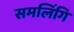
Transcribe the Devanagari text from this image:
समलिंगि